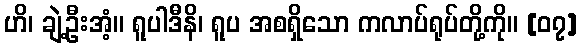
ဟိ၊ ချဲ့ဦးအံ့။ ရူပါဒီနိ၊ ရူပ အစရှိသော ကလာပ်ရုပ်တို့ကို။ [၀၇]